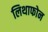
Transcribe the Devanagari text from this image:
लिथाफोन